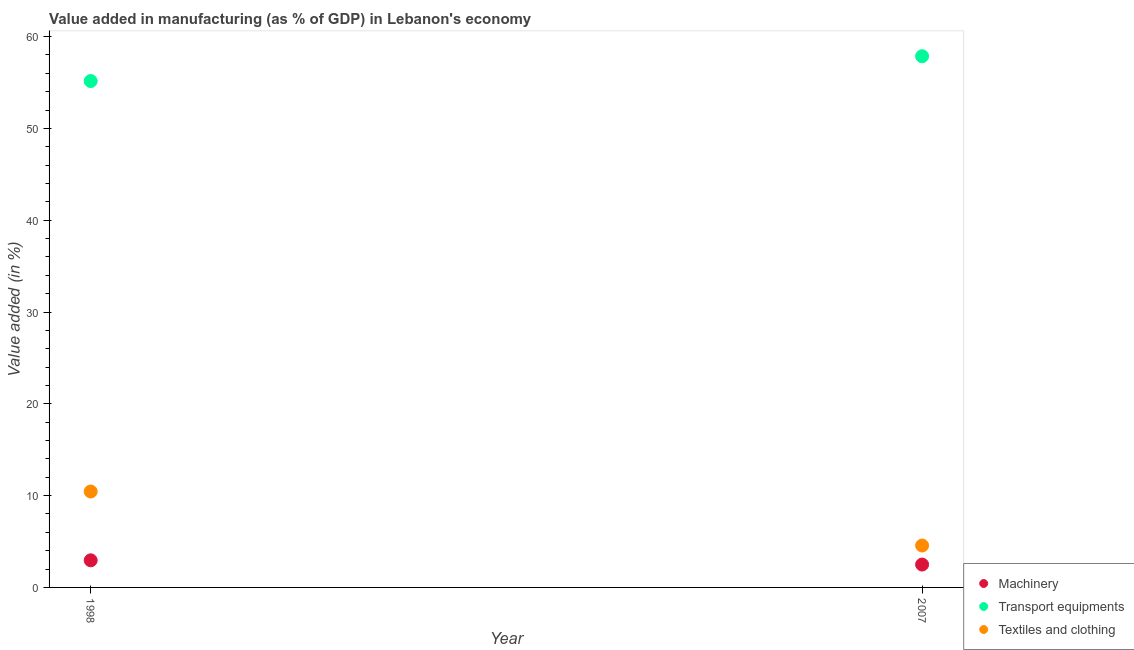
| Year | Machinery | Transport equipments | Textiles and clothing |
 | --- | --- | --- | --- |
 | 1998 | 2.95 | 55.2 | 10.4 |
 | 2007 | 2.49 | 57.9 | 4.56 |